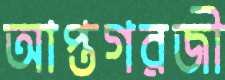
আপ্তগরজী